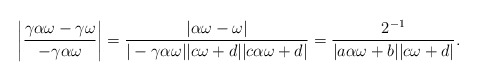
\begin{align*}\left|\dfrac{\gamma \alpha \omega - \gamma \omega}{- \gamma \alpha \omega}\right|=\dfrac{|\alpha \omega-\omega|}{|-\gamma \alpha \omega||c \omega+d||c \alpha \omega+d|}=\dfrac{2^{-1}}{|a \alpha \omega+b||c \omega+d|}.\end{align*}